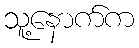
သူ့နောက်က